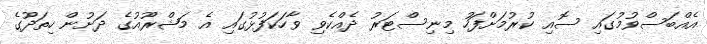
އެއްބަސްވުމުގައި ސޮއި ކުރުމަށްފަހު މިނިސްޓަރު ދެއްކެވި ވާހަކަފުޅުގައި އެ މަޝްރޫއުގެ ދަށުން ހިތަދޫގެ